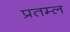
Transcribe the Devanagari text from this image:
प्रतम्ल